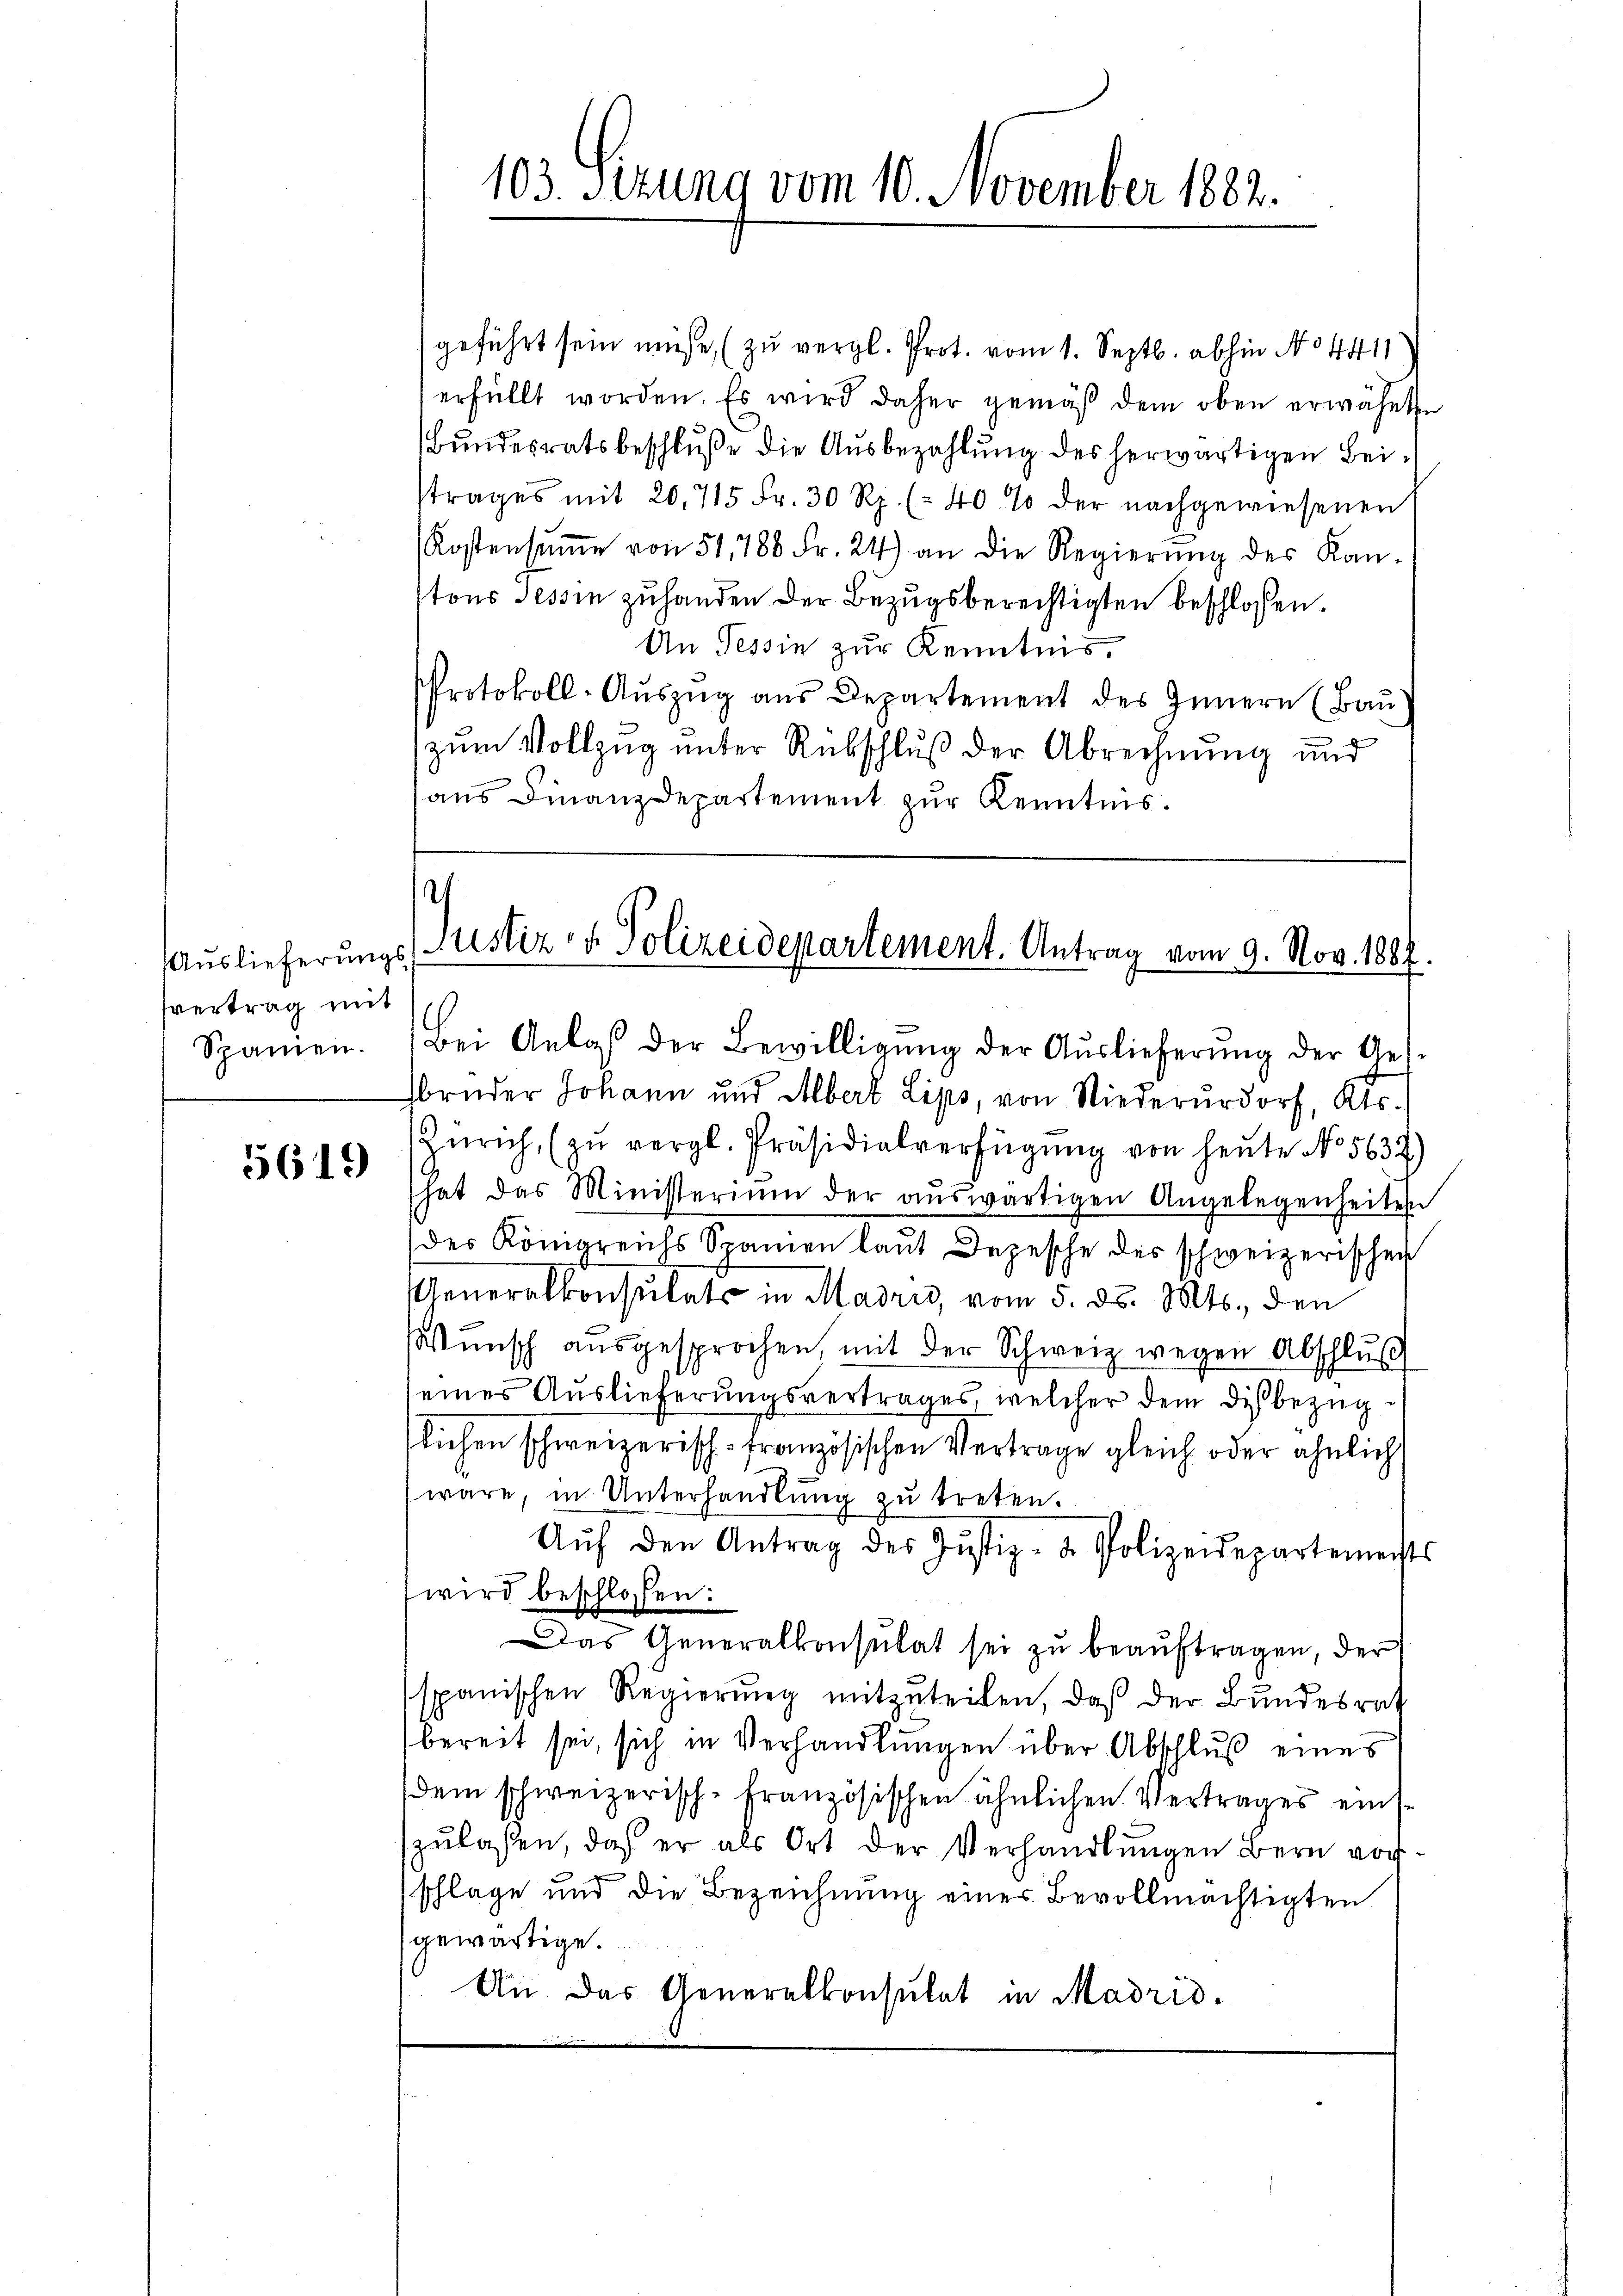
fvertrag mit
Spanien.

5619)

geführt sein müsse, (zu vergl. Prot. vom 1. Septb. abhin No 4411
erfüllt worden. Es wird daher gemäß dem oben erwähnten
Bundesratsbeschluße die Ausbezahlung des herwärtigen Beitrages mit 20. 715 Fr. 30 Rp. (: 40% der nachgewiesenen
Kostensŭṁe von 51, 788 Fr. 24) an die Regierŭng des Kan-
tons Tessin zuhanden der Bezugsberechtigten beschlossen.
An Tessin zur Kenntnis,
Protokoll-Aŭszŭg aŭs Departement des Innern (Bau
zum Vollzug unter Rebschluß der Abrechnung und
aus Finanzdepartement zur Kenntnis.

103. Sizung vom 10. November 1882.

d
Auslieferŭngs ustiz- & Polizeidepartement. Antrag vom 9. Nov. 1887.

Bei Anlaβ der Bewilligŭng der Aŭslieferŭng der Ges
hbrüder Johann und Albert Lips, von Niederurdorf, Kts.
Zürich, (zŭ vergl. Präsidialverfügung von heute No 5632)
hat das Ministerium der aŭswärtigen Angelegenheiten
des Königreichs Spanien laut Depesche des schweizerischen
Generalkonsulats in Madrid, vom 5. ds. Mts., den
Wŭnsch aŭsgesprochen, mit der Schweiz wegen Abschlŭβ
eines Auslieferungsvertrages, welcher dem diesbezüglichen schweizerisch-Französischen Vertrage gleich oder ähnlich
wäre, in Unterhandlung zu treten.
Aŭf den Antrag des Justiz- & Polizeidepartements
wird beschlossen:
Das Generalkonsulat sei zu beauftragen, der
spanischen Regierŭng mitzŭteilen, daß der Bundesrat
bereit sei, sich in Verhandlungen über Abschluß eines
dem schweizerisch-französischen ähnlichen Vertrages eins-
szulassen, daß er als Ort der Verhandlungen Bern vor
schlage und die Bezeichnung eines Bevollmächtigten
gewärtige.
An das Generalkonsulat in Madrid.